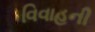
વિવાહની